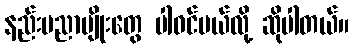
နည်းပညာမျိုးတွေ ပါဝင်မယ်လို့ ဆိုပါတယ်။